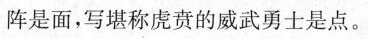
阵是面，写堪称虑责的威武勇士是点。